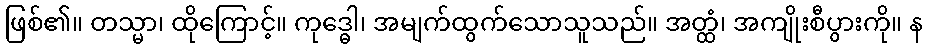
ဖြစ်၏။ တသ္မာ၊ ထိုကြောင့်။ ကုဒ္ဓေါ၊ အမျက်ထွက်သောသူသည်။ အတ္ထံ၊ အကျိုးစီပွားကို။ န